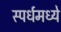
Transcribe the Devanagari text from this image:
स्पर्धमध्ये